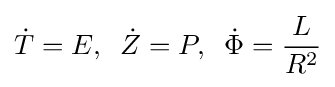
{\dot {T}}=E,\;\;{\dot {Z}}=P,\;\;{\dot {\Phi }}={\frac {L}{R^{2}}}